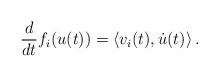
LaTeX: \begin{align*} \frac{d}{dt} f_i(u(t)) = \left\langle v_i(t), \dot u(t) \right\rangle.\end{align*}